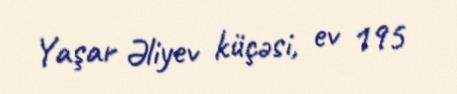
Yaşar Əliyev küçəsi, ev 195